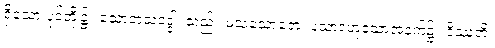
ရှိသော ပုဒ်တို့၌။ သောတသဒ္ဒေါ၊ သည်။ မံသသောတေ၊ ပသာဒဟူသောအနက်၌။ ဒိဿတိ၊